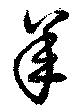
羊